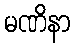
မဏိနာ